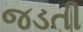
જડતી